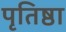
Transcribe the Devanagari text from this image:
पृतिष्ठा